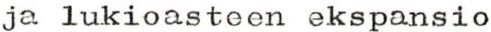
ja lukioasteen ekspansio